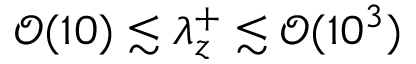
\mathcal { O } ( 1 0 ) \lesssim \lambda _ { z } ^ { + } \lesssim \mathcal { O } ( 1 0 ^ { 3 } )